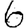
Digit: 6